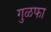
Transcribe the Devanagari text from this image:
गुळफा